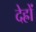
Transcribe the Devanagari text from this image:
देह्रों